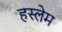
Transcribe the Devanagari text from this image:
हस्लेम